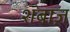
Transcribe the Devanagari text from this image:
शबाज़